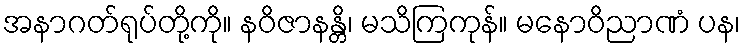
အနာဂတ်ရုပ်တို့ကို။ နဝိဇာနန္တိ၊ မသိကြကုန်။ မနောဝိညာဏံ ပန၊